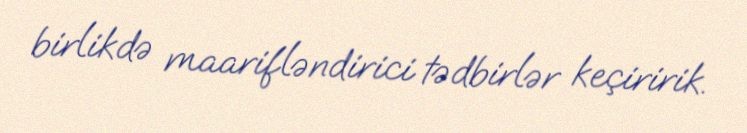
birlikdə maarifləndirici tədbirlər keçiririk.